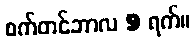
စက်တင်ဘာလ 9 ရက်။